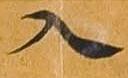
入